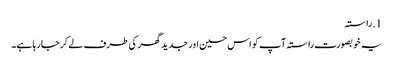
1. ​راستہ
یہ خوبصورت راستہ آپ کو اس حسین اور جدید گھر کی طرف لے کر جا رہا ہے۔